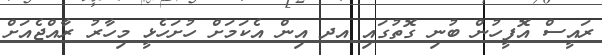
ރައީސް އޮފީހުން ބުނި ގޮތުގައި އދ އިން އެކަމަށް ހުށަހެޅީ މިހާރު ރާއްޖެއަށް